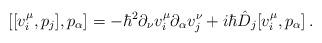
LaTeX: \begin{align*}[[v^{\mu}_{i}, p_{j}], p_{\alpha}]=-\hbar^{2}\partial_{\nu}v^{\mu}_{i}\partial_{\alpha}v^{\nu}_{j}+i\hbar\hat{D}_{j}[v^{\mu}_{i}, p_{\alpha}]\,.\end{align*}